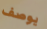
يوصف